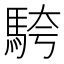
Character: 𩣔